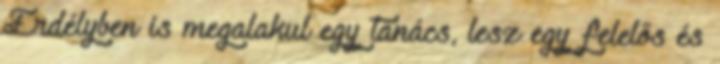
Erdélyben is megalakul egy tanács, lesz egy felelős és